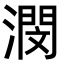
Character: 潣